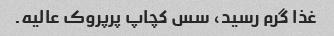
غذا گرم رسید، سس کچاپ پرپروک عالیه.